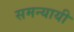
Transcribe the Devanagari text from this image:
समन्यायी